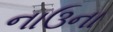
નાઉના